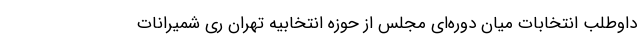
داوطلب انتخابات میان دوره‌ای مجلس از حوزه انتخابیه تهران ری شمیرانات